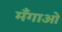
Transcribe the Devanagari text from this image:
मँगाओ